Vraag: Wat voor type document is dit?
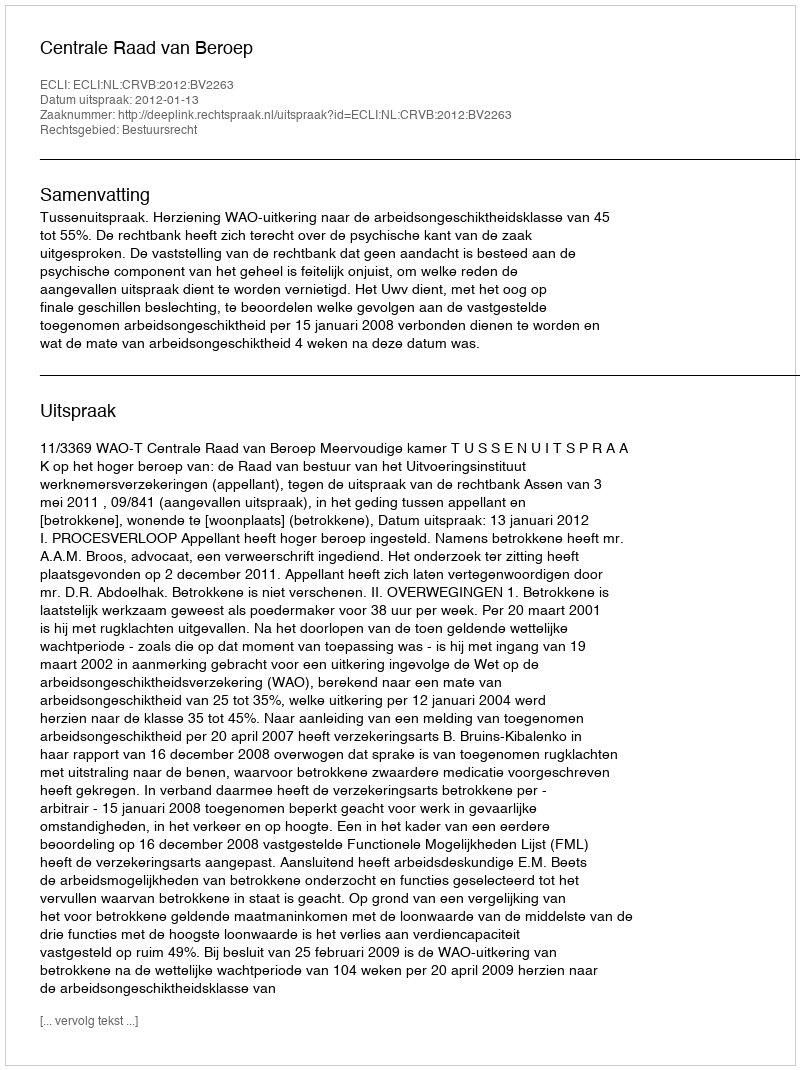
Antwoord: Uitspraak